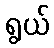
ရွယ်